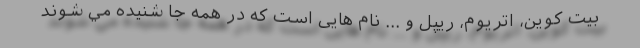
بيت كوين، اتريوم، ريپل و ... نام هايی است که در همه جا شنيده مي شوند